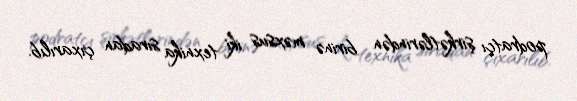
podratçı şirkətlərindən birinə məxsus iki texnika sıradan çıxarılıb.